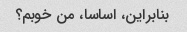
بنابراین، اساسا، من خوبم؟